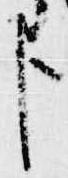
臣